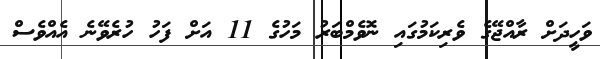
ވަހީދަށް ރާއްޖޭގެ ވެރިކަމުގައި ނޮވެމްބަރު މަހުގެ 11 އަށް ފަހު ހުރެވޭނެ އެއްވެސް